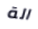
الة